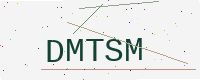
Text: DMTSM